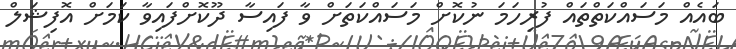
ބައެއް މަސައްކަތްތައް ފުރިހަމަ ނުކޮށް މަސައްކަތަށް ވާ ފައިސާ ދޫކޮށްފައިވާ ކަމަށް އޮފިޝަލް